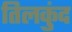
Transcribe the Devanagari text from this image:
तिलकुंद